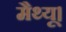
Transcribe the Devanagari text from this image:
मैथ्यू।